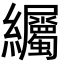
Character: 䌵